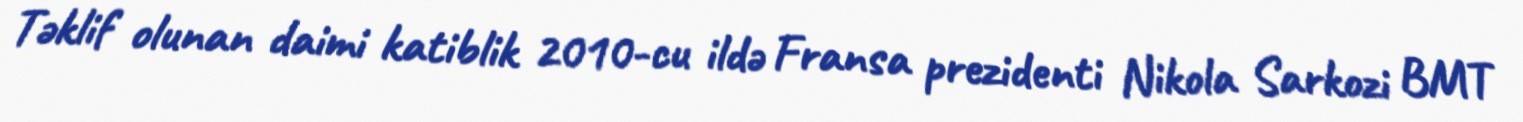
Təklif olunan daimi katiblik 2010-cu ildə Fransa prezidenti Nikola Sarkozi BMT